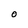
Character: O